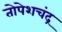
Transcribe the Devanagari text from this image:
तोपेशचंद्र